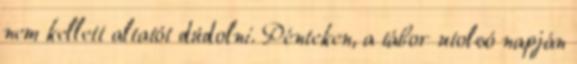
nem kellett altatót dúdolni. Pénteken, a tábor utolsó napján